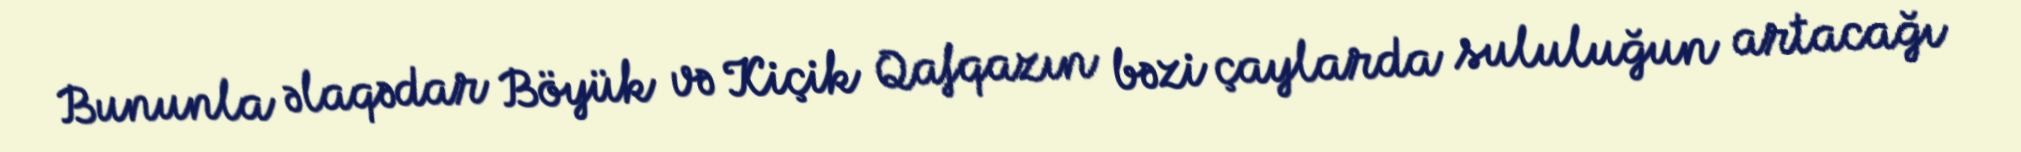
Bununla əlaqədar Böyük və Kiçik Qafqazın bəzi çaylarda sululuğun artacağı